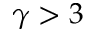
\gamma > 3